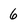
Character: 6